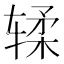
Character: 𫐓